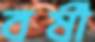
বর্ষী